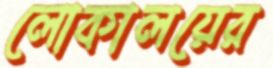
লোকালয়ের